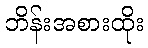
ဘိန်းအစားထိုး